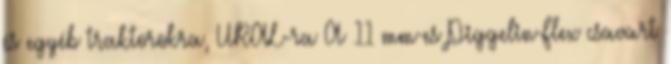
és egyéb traktorokra, URAL-ra A 11 mm-es Piggelin-Flex csavart